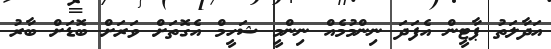
އަދާލަތު ޕާޓީން އެފަދަ ނިންމުމެއް ނިންމީ ޝަހީމް އެގޮތަށް ވަރަށް ބޮޑަށް ބާރު